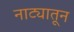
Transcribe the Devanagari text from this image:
नाट्यातून